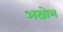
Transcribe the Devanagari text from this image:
अक्षोभ